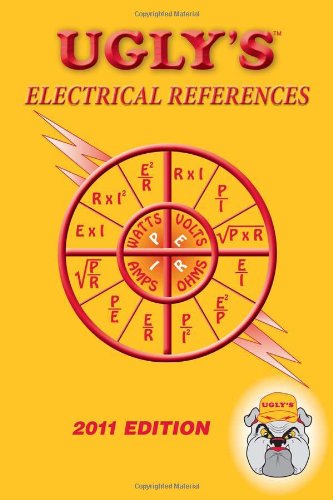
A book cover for Ugly's Electrical References, 2011 Edition; George  V Hart; Science & Math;